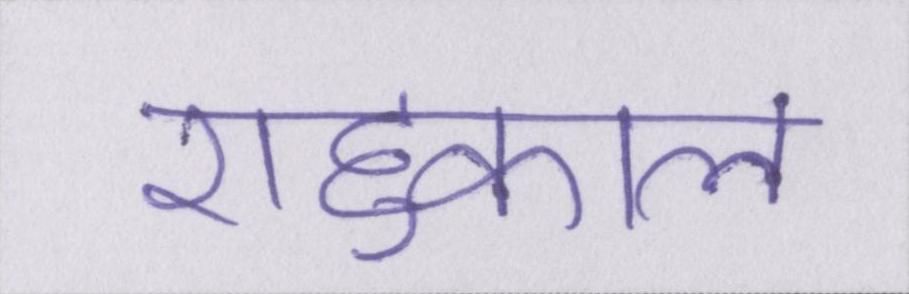
राहुकाल